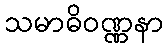
သမာဓိဝဏ္ဏနာ